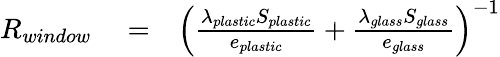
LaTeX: \begin{array}{rlr}{R_{window}}&{{}=}&{\left(\frac{\lambda_{plastic}S_{plastic}}{e_{plastic}}+\frac{\lambda_{glass}S_{glass}}{e_{glass}}\right)^{-1}}\end{array}